Leaving Certificate Examination, 1910
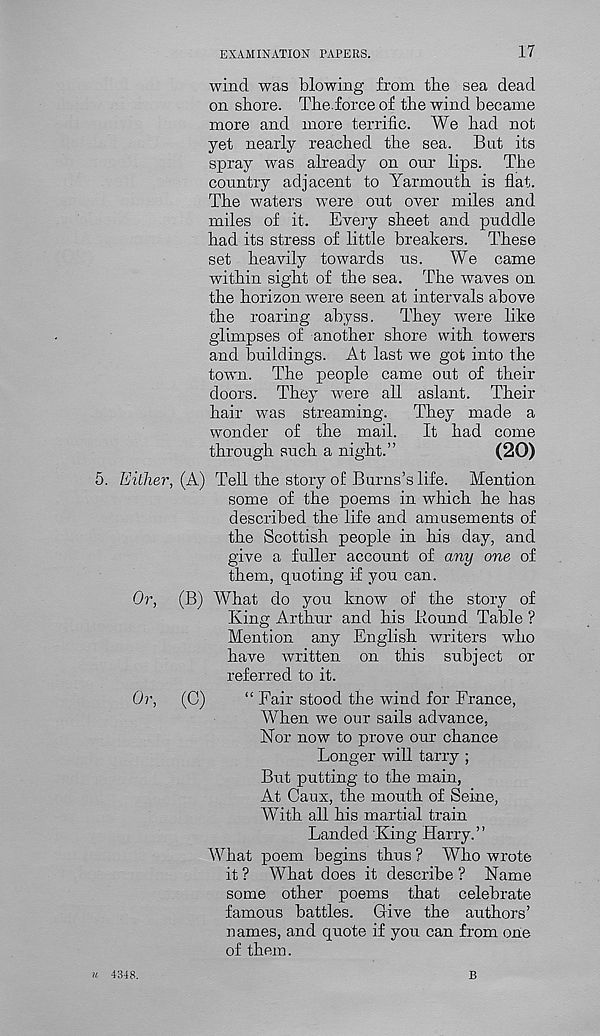
EXAMINATION PAPERS.
17
wind was blowing from tire sea dead
on shore. The.force of the wind became
more and more terrific. We had not
yet nearly reached the sea. But its
spray was already on onr lips. The
country adjacent to Yarmouth is flat.
The waters were out over miles and
miles of it. Every sheet and puddle
had its stress of little breakers. These
set heavily towards us. We came
within sight of the sea. The waves on
the horizon were seen at intervals above
the roaring abyss. They were like
glimpses of another shore with towers
and buildings. At last we got into the
town. The people came out of their
doors. They were all aslant. Their
hair was streaming. They made a
wonder of the mail. It had come
through such a night.”
(20)
5. Either, (A) Tell the story of Burns’s life. Mention
some of the poems in which he has
described the life and amusements of
the Scottish people in his day, and
give a fuller account of any one of
them, quoting if you can.
Or, (B) What do you know of the story of
King Arthur and his Round Table ?
Mention any English writers who
have written on this subject or
referred to it.
Or, (C)
“ Fair stood the wind for France,
When we our sails advance,
Nor now to prove our chance
Longer will tarry ;
But putting to the main,
At Caux, the mouth of Seine,
With all his martial train
Landed King Harry. ’ ’
What poem begins thus ? Who wrote
it ? What does it describe ? Name
some other poems that celebrate
famous battles. Give the authors’
names, and quote if you can from one
of them.
u 1318.
B